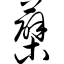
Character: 蘖